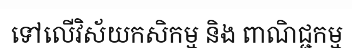
ទៅលើវិស័យកសិកម្ម និង ពាណិជ្ជកម្ម